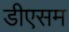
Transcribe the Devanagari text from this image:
डीएसम